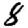
Digit: 8